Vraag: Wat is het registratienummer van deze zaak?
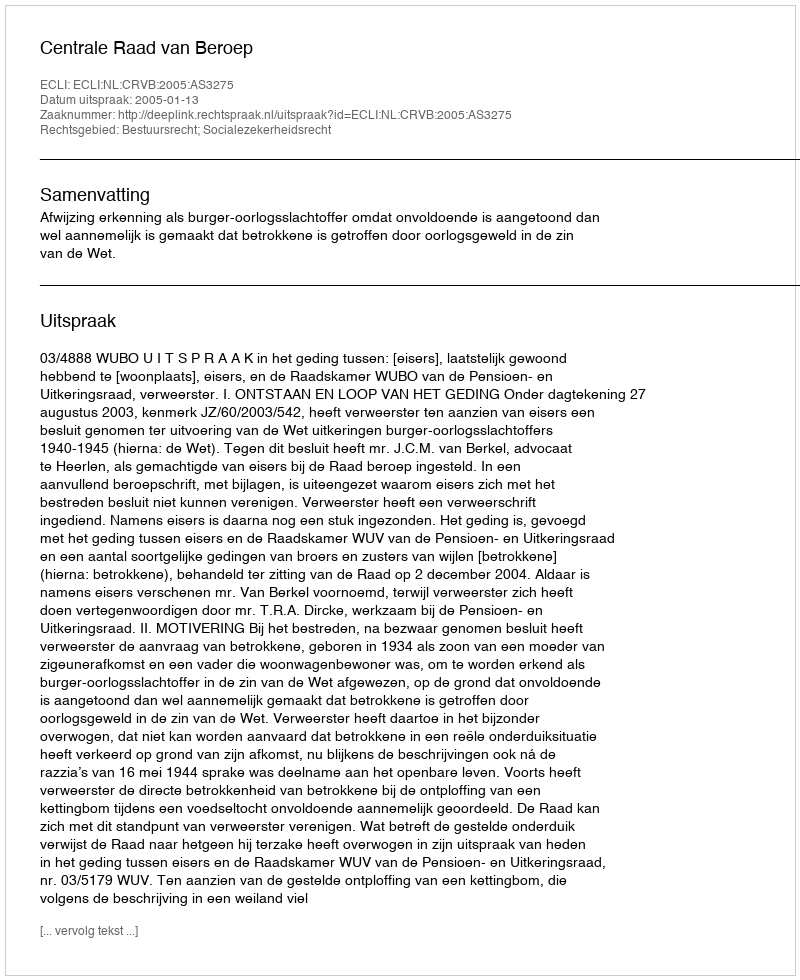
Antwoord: http://deeplink.rechtspraak.nl/uitspraak?id=ECLI:NL:CRVB:2005:AS3275